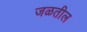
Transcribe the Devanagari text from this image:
जळतील